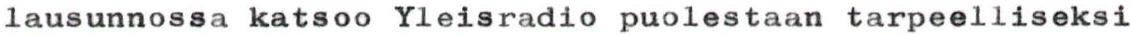
lausunnossa katsoo Yleisradio puolestaan tarpeelliseksi